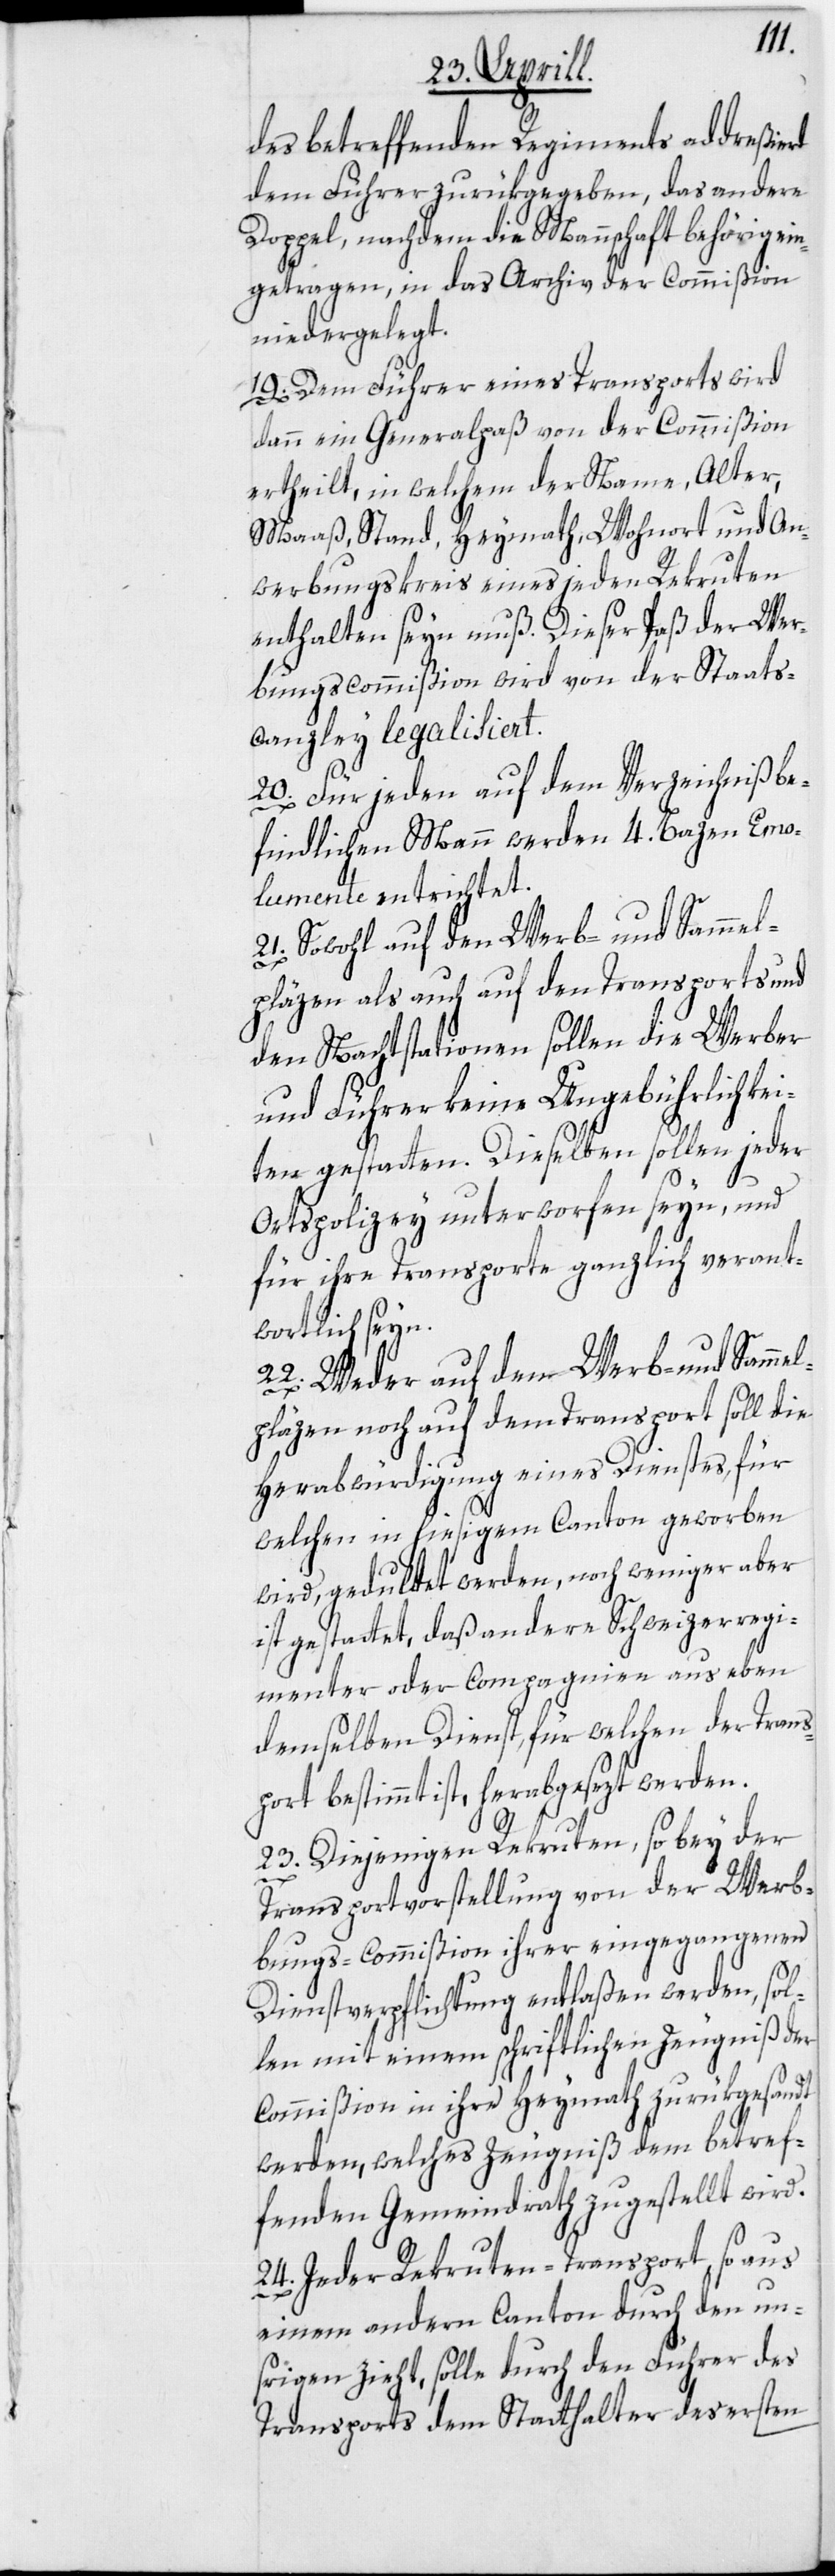
des betreffenden Regiments addreßiert
dem Führer zurükgegeben, das andere
Doppel, nachdem die Mannschaft behörig ein¬
getragen, in das Archiv der Commißion
niedergelegt.
19. Dem Führer eines Transports wird
dann ein Generalpaß von der Commißion
ertheilt, in welchem der Name, Alter,
Maaß, Stand, Heymath, Wohnort und An¬
werbungskreis eines jeden Rekruten
enthalten seyn muß. Dieser Paß der Wer¬
bungscommißion wird von der Staats¬
canzley legalisiert.
20. Für jeden auf dem Verzeichniß be¬
findlichen Mann werden 4. Bazen Emo¬
lumente entrichtet.
21. Sowohl auf den Werb- und Sammel¬
pläzen als auch auf den Transports und
den Nachtstationen sollen die Werber
und Führer keine Ungebührlichkei¬
ten gestatten. Dieselben sollen jeder
Ortspolizey unterworfen seyn, und
für ihre Transporte ganzlich verant¬
wortlich seyn.
22. Weder auf den Werb- und Sammel¬
pläzen noch auf dem Transport soll die
Herabwürdigung eines Dienstes, für
welchen in hiesigem Canton geworben
wird, geduldet werden, noch weniger aber
ist gestattet, daß andere Schweizerregi¬
menter oder Compagnien aus eben
demselben Dienst, für welchen der Trans¬
port bestimmt ist, herabgesezt werden.
23. Diejenigen Rekruten, so bey der
Transportvorstellung von der Wer¬
bungs-Commißion ihrer eingegangenen
Dienstverpflichtung entlaßen werden, sol¬
len mit einem schriftlichen Zeugniß der
Commißion in ihre Heymath zurükgesandt
werden, welches Zeugniß dem betref¬
fenden Gemeindrath zugestellt wird.
24. Jeder Rekruten-Transport, so aus
einem andern Canton durch den un¬
srigen zieht, solle durch den Führer des
Transports dem Statthalter des ersten